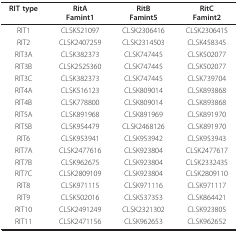
<table><thead><tr><td><b>RIT type</b></td><td><b>RitAFamint1</b></td><td><b>RitBFamint5</b></td><td><b>RitCFamint2</b></td></tr></thead><tbody><tr><td>RIT1</td><td>CLSK521097</td><td>CLSK2306416</td><td>CLSK2306415</td></tr><tr><td>RIT2</td><td>CLSK2407259</td><td>CLSK2314503</td><td>CLSK458345</td></tr><tr><td>RIT3A</td><td>CLSK382373</td><td>CLSK747445</td><td>CLSK502077</td></tr><tr><td>RIT3B</td><td>CLSK2525360</td><td>CLSK747445</td><td>CLSK502077</td></tr><tr><td>RIT3C</td><td>CLSK382373</td><td>CLSK747445</td><td>CLSK739704</td></tr><tr><td>RIT4A</td><td>CLSK516123</td><td>CLSK809014</td><td>CLSK893868</td></tr><tr><td>RIT4B</td><td>CLSK778800</td><td>CLSK809014</td><td>CLSK893868</td></tr><tr><td>RIT5A</td><td>CLSK891968</td><td>CLSK891969</td><td>CLSK891970</td></tr><tr><td>RIT5B</td><td>CLSK954479</td><td>CLSK2468126</td><td>CLSK891970</td></tr><tr><td>RIT6</td><td>CLSK953941</td><td>CLSK953942</td><td>CLSK953943</td></tr><tr><td>RIT7A</td><td>CLSK2477616</td><td>CLSK923804</td><td>CLSK2477617</td></tr><tr><td>RIT7B</td><td>CLSK962675</td><td>CLSK923804</td><td>CLSK2332435</td></tr><tr><td>RIT7C</td><td>CLSK2809109</td><td>CLSK923804</td><td>CLSK2809110</td></tr><tr><td>RIT8</td><td>CLSK971115</td><td>CLSK971116</td><td>CLSK971117</td></tr><tr><td>RIT9</td><td>CLSK502016</td><td>CLSK537353</td><td>CLSK864421</td></tr><tr><td>RIT10</td><td>CLSK2491249</td><td>CLSK2321302</td><td>CLSK923805</td></tr><tr><td>RIT11</td><td>CLSK2471156</td><td>CLSK962653</td><td>CLSK962652</td></tr></tbody></table>